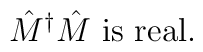
\hat{M}^\dagger \hat{M}\mbox{ is real}.